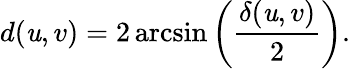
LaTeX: d(\mathit{u},v)=2\arcsin\left({\frac{{\delta(\mathit{u},v)}}{{2}}}\right).